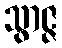
သွာဇ္ဇ